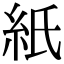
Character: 紙